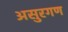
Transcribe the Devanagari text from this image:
असुरगण